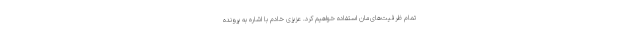
تمام ظرفیت‌های‌مان استفاده خواهیم کرد. عزیزی خادم با اشاره به پرونده